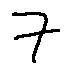
7